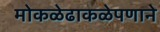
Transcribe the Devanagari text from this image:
मोकळेढाकळेपणाने